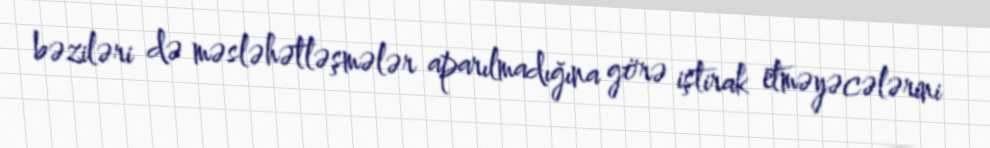
bəziləri də məsləhətləşmələr aparılmadığına görə iştirak etməyəcələrini